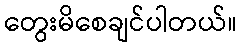
တွေးမိစေချင်ပါတယ်။